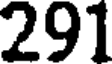
291